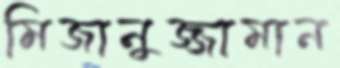
মিজানুজ্জামান